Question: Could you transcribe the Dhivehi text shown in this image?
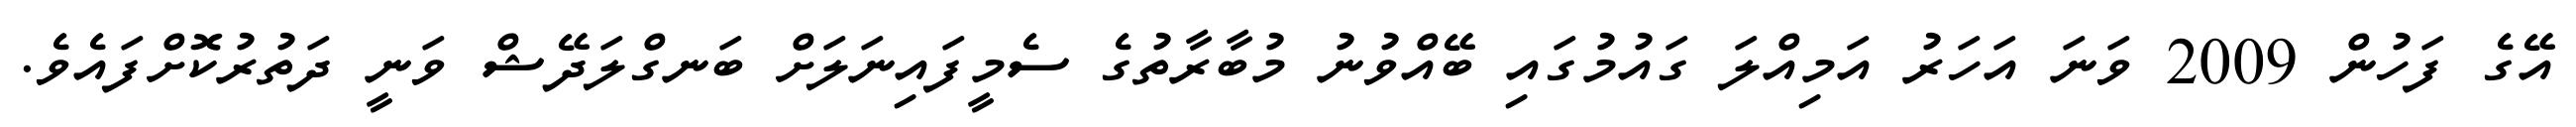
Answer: އޭގެ ފަހުން 2009 ވަނަ އަހަރު އަމިއްލަ ގައުމުގައި ބޭއްވުނު މުބާރާތުގެ ސެމީފައިނަލަށް ބަނގްލަދޭޝް ވަނީ ދަތުރުކޮށްފައެވެ.